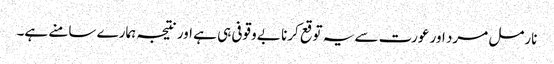
نارمل مرد اور عورت سے یہ توقع کرنا بے وقوفی ہی ہے اور نتیجہ ہمارے سامنے ہے۔